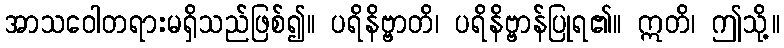
အာသဝေါတရားမရှိသည်ဖြစ်၍။ ပရိနိဗ္ဗာတိ၊ ပရိနိဗ္ဗာန်ပြုရ၏။ ဣတိ၊ ဤသို့။